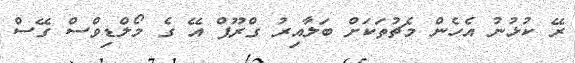
ރޭ ކުޅުނު އެހެން މެޗުތަކަށް ބަލާއިރު ގްރޫޕް އޭ ގެ މޯލްޑިވްސް ގޭސް